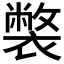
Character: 𧝬